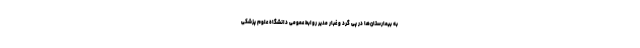
به بیمارستان‌ها در پی گرد و غبار مدیر روابط عمومی دانشگاه علوم پزشکی